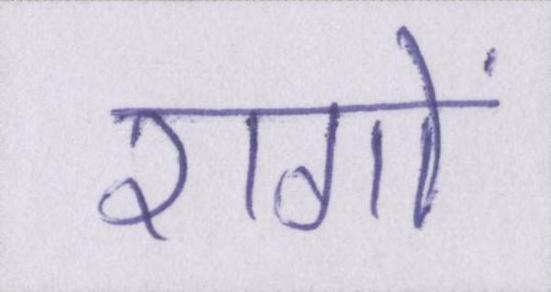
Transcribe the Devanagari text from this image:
रागों